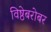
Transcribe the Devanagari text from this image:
विष्ठेबरोबर